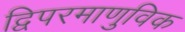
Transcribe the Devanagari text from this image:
द्विपरमाणुविक